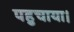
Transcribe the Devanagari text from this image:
पहुचाया।